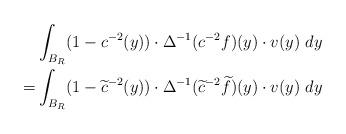
LaTeX: \begin{align*}& \int_{B_R} (1-c^{-2}(y))\cdot \Delta^{-1}(c^{-2}f)(y)\cdot v(y)\ dy\\=& \int_{B_R} (1-\widetilde{c}^{-2}(y))\cdot \Delta^{-1}(\widetilde{c}^{-2}\widetilde{f})(y)\cdot v(y)\ dy\end{align*}